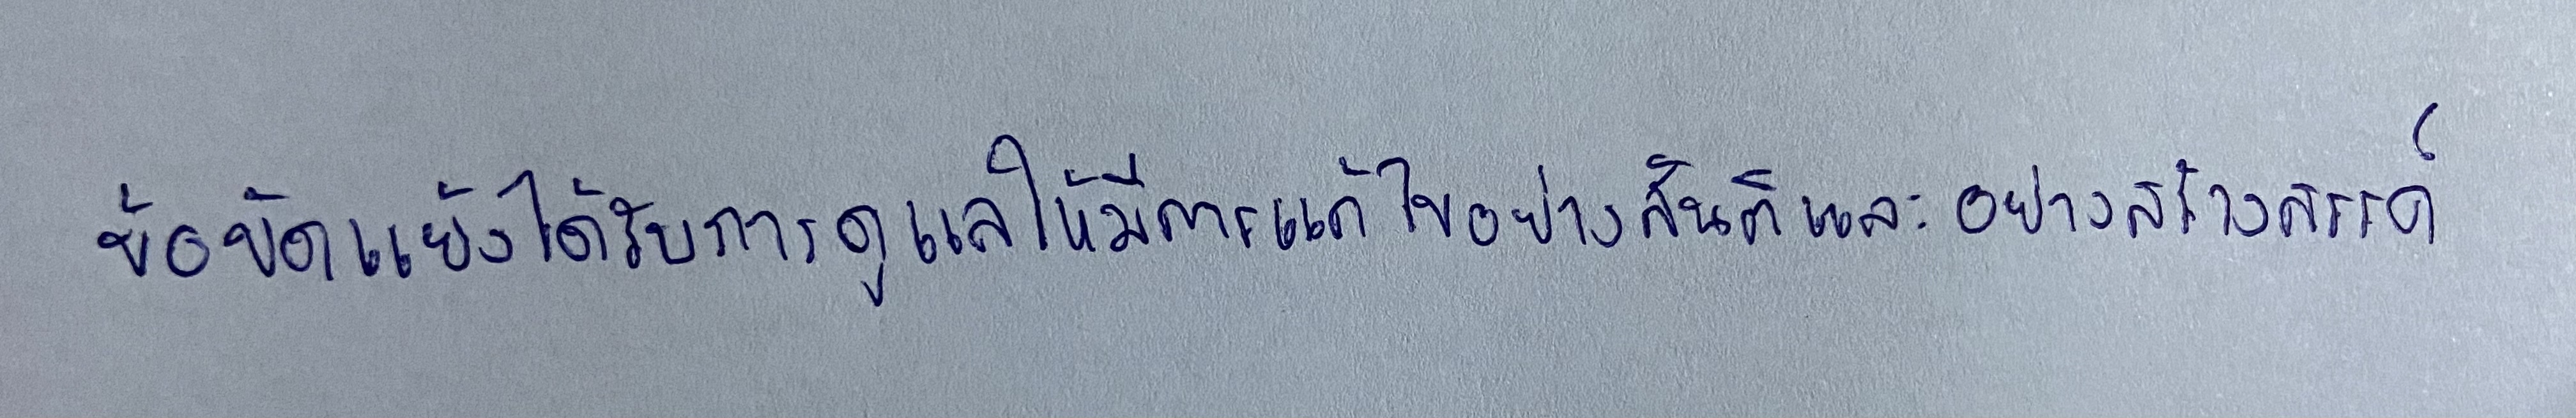
ข้อขัดแย้งได้รับการดูแลให้มีการแก้ไขอย่างสันติและอย่างสร้างสรรค์